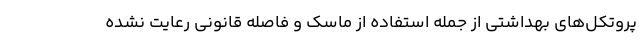
پروتکل‌های بهداشتی از جمله استفاده از ماسک و فاصله قانونی رعایت نشده